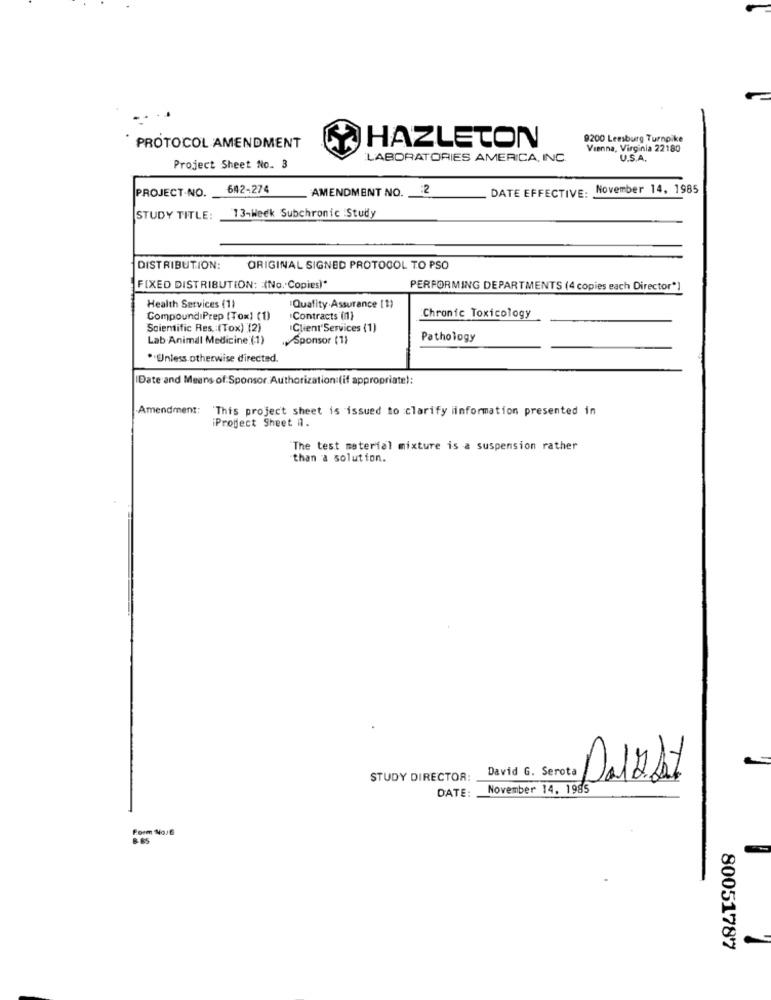
HAZLETON
9200 Leesburg Turnpike
PROTOCOL AMENDMENT
Vienna, Virginia 22180
LABORATORIES AMERICA, INC.
U.S.A.
Project Sheet No. 3
PROJECT.NO.
642-274
AMENDMENT NO.
DATE EFFECTIVE. November 14, 1985
13-Week Subchronic :Study
STUDY TITLE:
DISTRIBUTION:
ORIGINAL SIGNED PROTOCOL TO PSO
FIXED DISTRIBUTION: (No. Copies)"
PERFORMING DEPARTMENTS (4 copies each Director"]
Health Services (1)
Quality Assurance [1)
CompoundiPrep (Tox) (1)
"Contracts (n)
Chronic Toxicology
Scientific Res. : (Tox) (2)
Client Services (1)
Lab Animal Medicine (1)
Sponsor (1)
Pathology
.Unless otherwise directed.
Date and Means of Sponsor Authorization (if appropriate):
Amendment:
"This project sheet is issued to clarify information presented in
iProject Sheet il.
The test material mixture is a suspension rather
than a solution.
David G. Serota
STUDY DIRECTOR:
November 14. 1985
Dal2
DATE:
Form MoJE
8.85
80051787